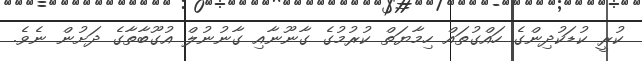
ކުރީ ކުޑަކުދިންގެ ހައްގުތައް ހިމާޔަތް ކުރުމުގެ ގާނޫނާއި ގާނުނުލް އުގޫބާތާގެ ދަށުން ނެވެ.